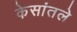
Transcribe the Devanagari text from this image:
केसांतले